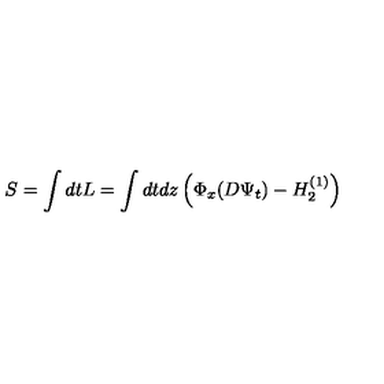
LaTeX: S = \int d t L = \int d t d z \left( \Phi _ { x } ( D \Psi _ { t } ) - H _ { 2 } ^ { ( 1 ) } \right)